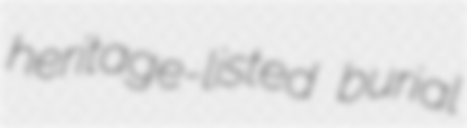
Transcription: heritage-listed burial